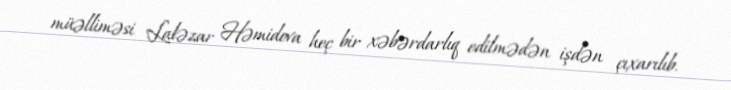
müəlliməsi Laləzar Həmidova heç bir xəbərdarlıq edilmədən işdən çıxarılıb.